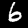
Label: 6